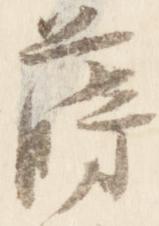
蒔